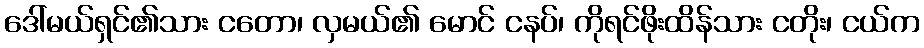
ဒေါ်မယ်ရှင်၏သား ငတော၊ လှမယ်၏ မောင် ငနပ်၊ ကိုရင်ဖိုးထိန်သား ငတိုး၊ ငယ်က